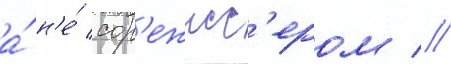
а́ н'е́ сор'ежисс'ером //